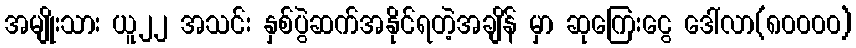
အမျိုးသား ယူ၂၂ အသင်း နှစ်ပွဲဆက်အနိုင်ရတဲ့အချိန် မှာ ဆုကြေးငွေ ဒေါ်လာ(၈၀၀၀၀)